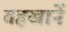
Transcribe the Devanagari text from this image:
तहखानें